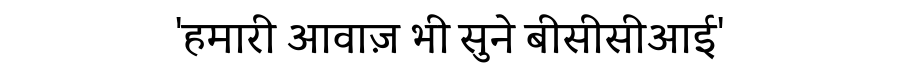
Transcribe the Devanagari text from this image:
'हमारी आवाज़ भी सुने बीसीसीआई'